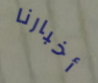
أخبارنا